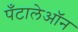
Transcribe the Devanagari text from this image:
पँटालेऑन